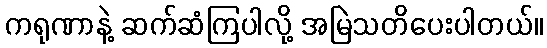
ကရုဏာနဲ့ ဆက်ဆံကြပါလို့ အမြဲသတိပေးပါတယ်။